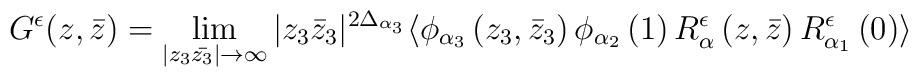
G^{\epsilon }(z,\bar{z})=\lim_{|z_3 \bar{z_3}| \rightarrow \infty}|z_3\bar{z}_3|^{2\Delta_{\alpha_3}}\langle \phi_{\alpha_ 3}\left(z_3,\bar{z}_3\right)\phi_{\alpha _2}\left(1\right)R^{\epsilon }_\alpha \left(z,\bar{z}\right)R^{\epsilon }_{\alpha_1 }\left(0\right) \rangle